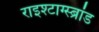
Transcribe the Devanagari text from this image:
राइश्टाग्स्ब्रांड